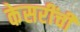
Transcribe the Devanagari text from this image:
केसरींची